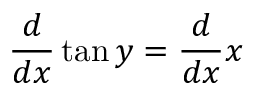
{ \frac { d } { d x } } \tan y = { \frac { d } { d x } } x